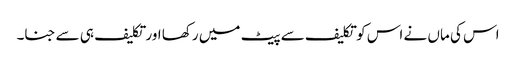
اس کی ماں نے اس کو تکلیف سے پیٹ میں رکھا اور تکلیف ہی سے جنا۔